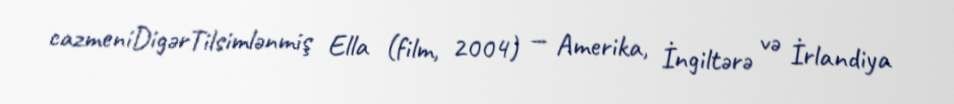
cazmeniDigərTilsimlənmiş Ella (film, 2004) — Amerika, İngiltərə və İrlandiya